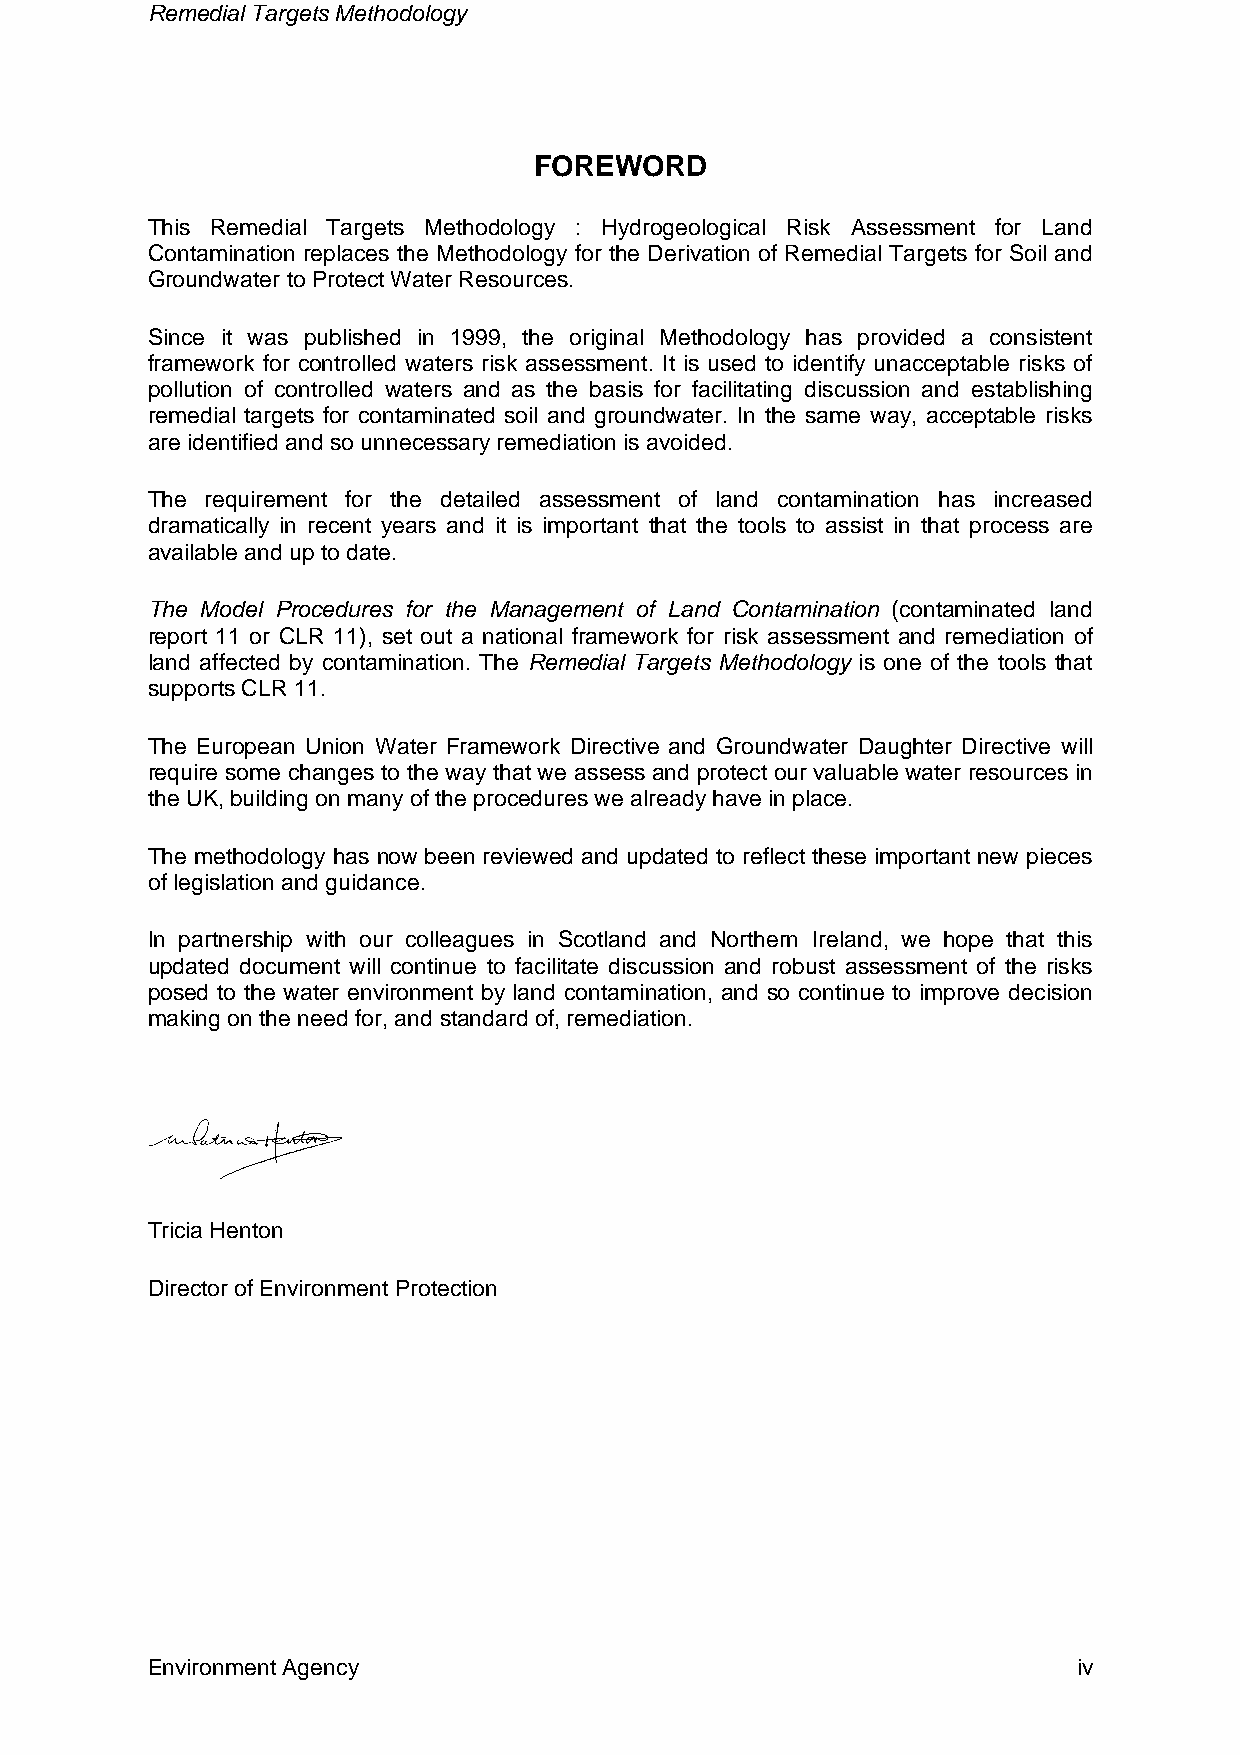
Remedial Targets Methodology
 FOREWORD
 This Remedial Targets Methodology : Hydrogeological Risk Assessment for Land
 Contamination replaces the Methodology for the Derivation of Remedial Targets for Soil and
 Groundwater to Protect Water Resources.
 Since it was published in 1999, the original Methodology has provided a consistent
 framework for controlled waters risk assessment. It is used to identify unacceptable risks of
 pollution of controlled waters and as the basis for facilitating discussion and establishing
 remedial targets for contaminated soil and groundwater. In the same way, acceptable risks
 are identified and so unnecessary remediation is avoided.
 The requirement for the detailed assessment of land contamination has increased
 dramatically in recent years and it is important that the tools to assist in that process are
 available and up to date.
 The Model Procedures for the Management of Land Contamination (contaminated land
 report 11 or CLR 11), set out a national framework for risk assessment and remediation of
 land affected by contamination. The Remedial Targets Methodology is one of the tools that
 supports CLR 11.
 The European Union Water Framework Directive and Groundwater Daughter Directive will
 require some changes to the way that we assess and protect our valuable water resources in
 the UK, building on many of the procedures we already have in place.
 The methodology has now been reviewed and updated to reflect these important new pieces
 of legislation and guidance.
 In partnership with our colleagues in Scotland and Northern Ireland, we hope that this
 updated document will continue to facilitate discussion and robust assessment of the risks
 posed to the water environment by land contamination, and so continue to improve decision
 making on the need for, and standard of, remediation.
 Tricia Henton
 Director of Environment Protection
 Environment Agency                                           iv